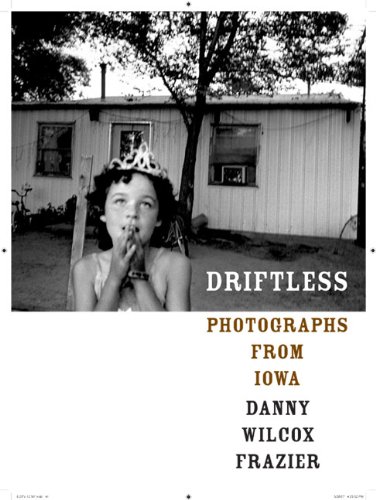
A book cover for Driftless: Photographs from Iowa (Center for Documentary Studies/Honickman First Book Prize in Photography); Danny Wilcox Frazier; Travel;